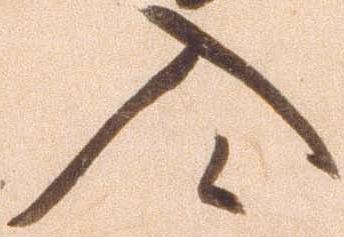
入